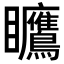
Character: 𪿅